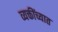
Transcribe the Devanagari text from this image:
व्यक्तींच्यात